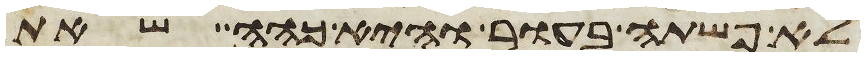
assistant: לא פשתה בעור והיא כהה שאת